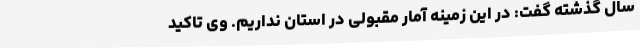
سال گذشته گفت: در این زمینه آمار مقبولی در استان نداریم. وی تاکید